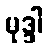
မုဒ္ဒါ